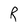
Character: R